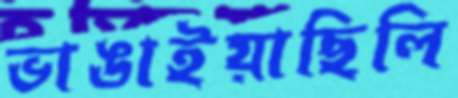
ভাঙাইয়াছিলি